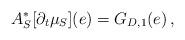
LaTeX: \begin{align*}A_{S}^* [\partial_{t} \mu_{S}](e) = G_{D,1}(e) \, ,\end{align*}